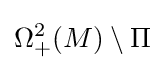
\Omega _{+}^{2}(M)\setminus \Pi